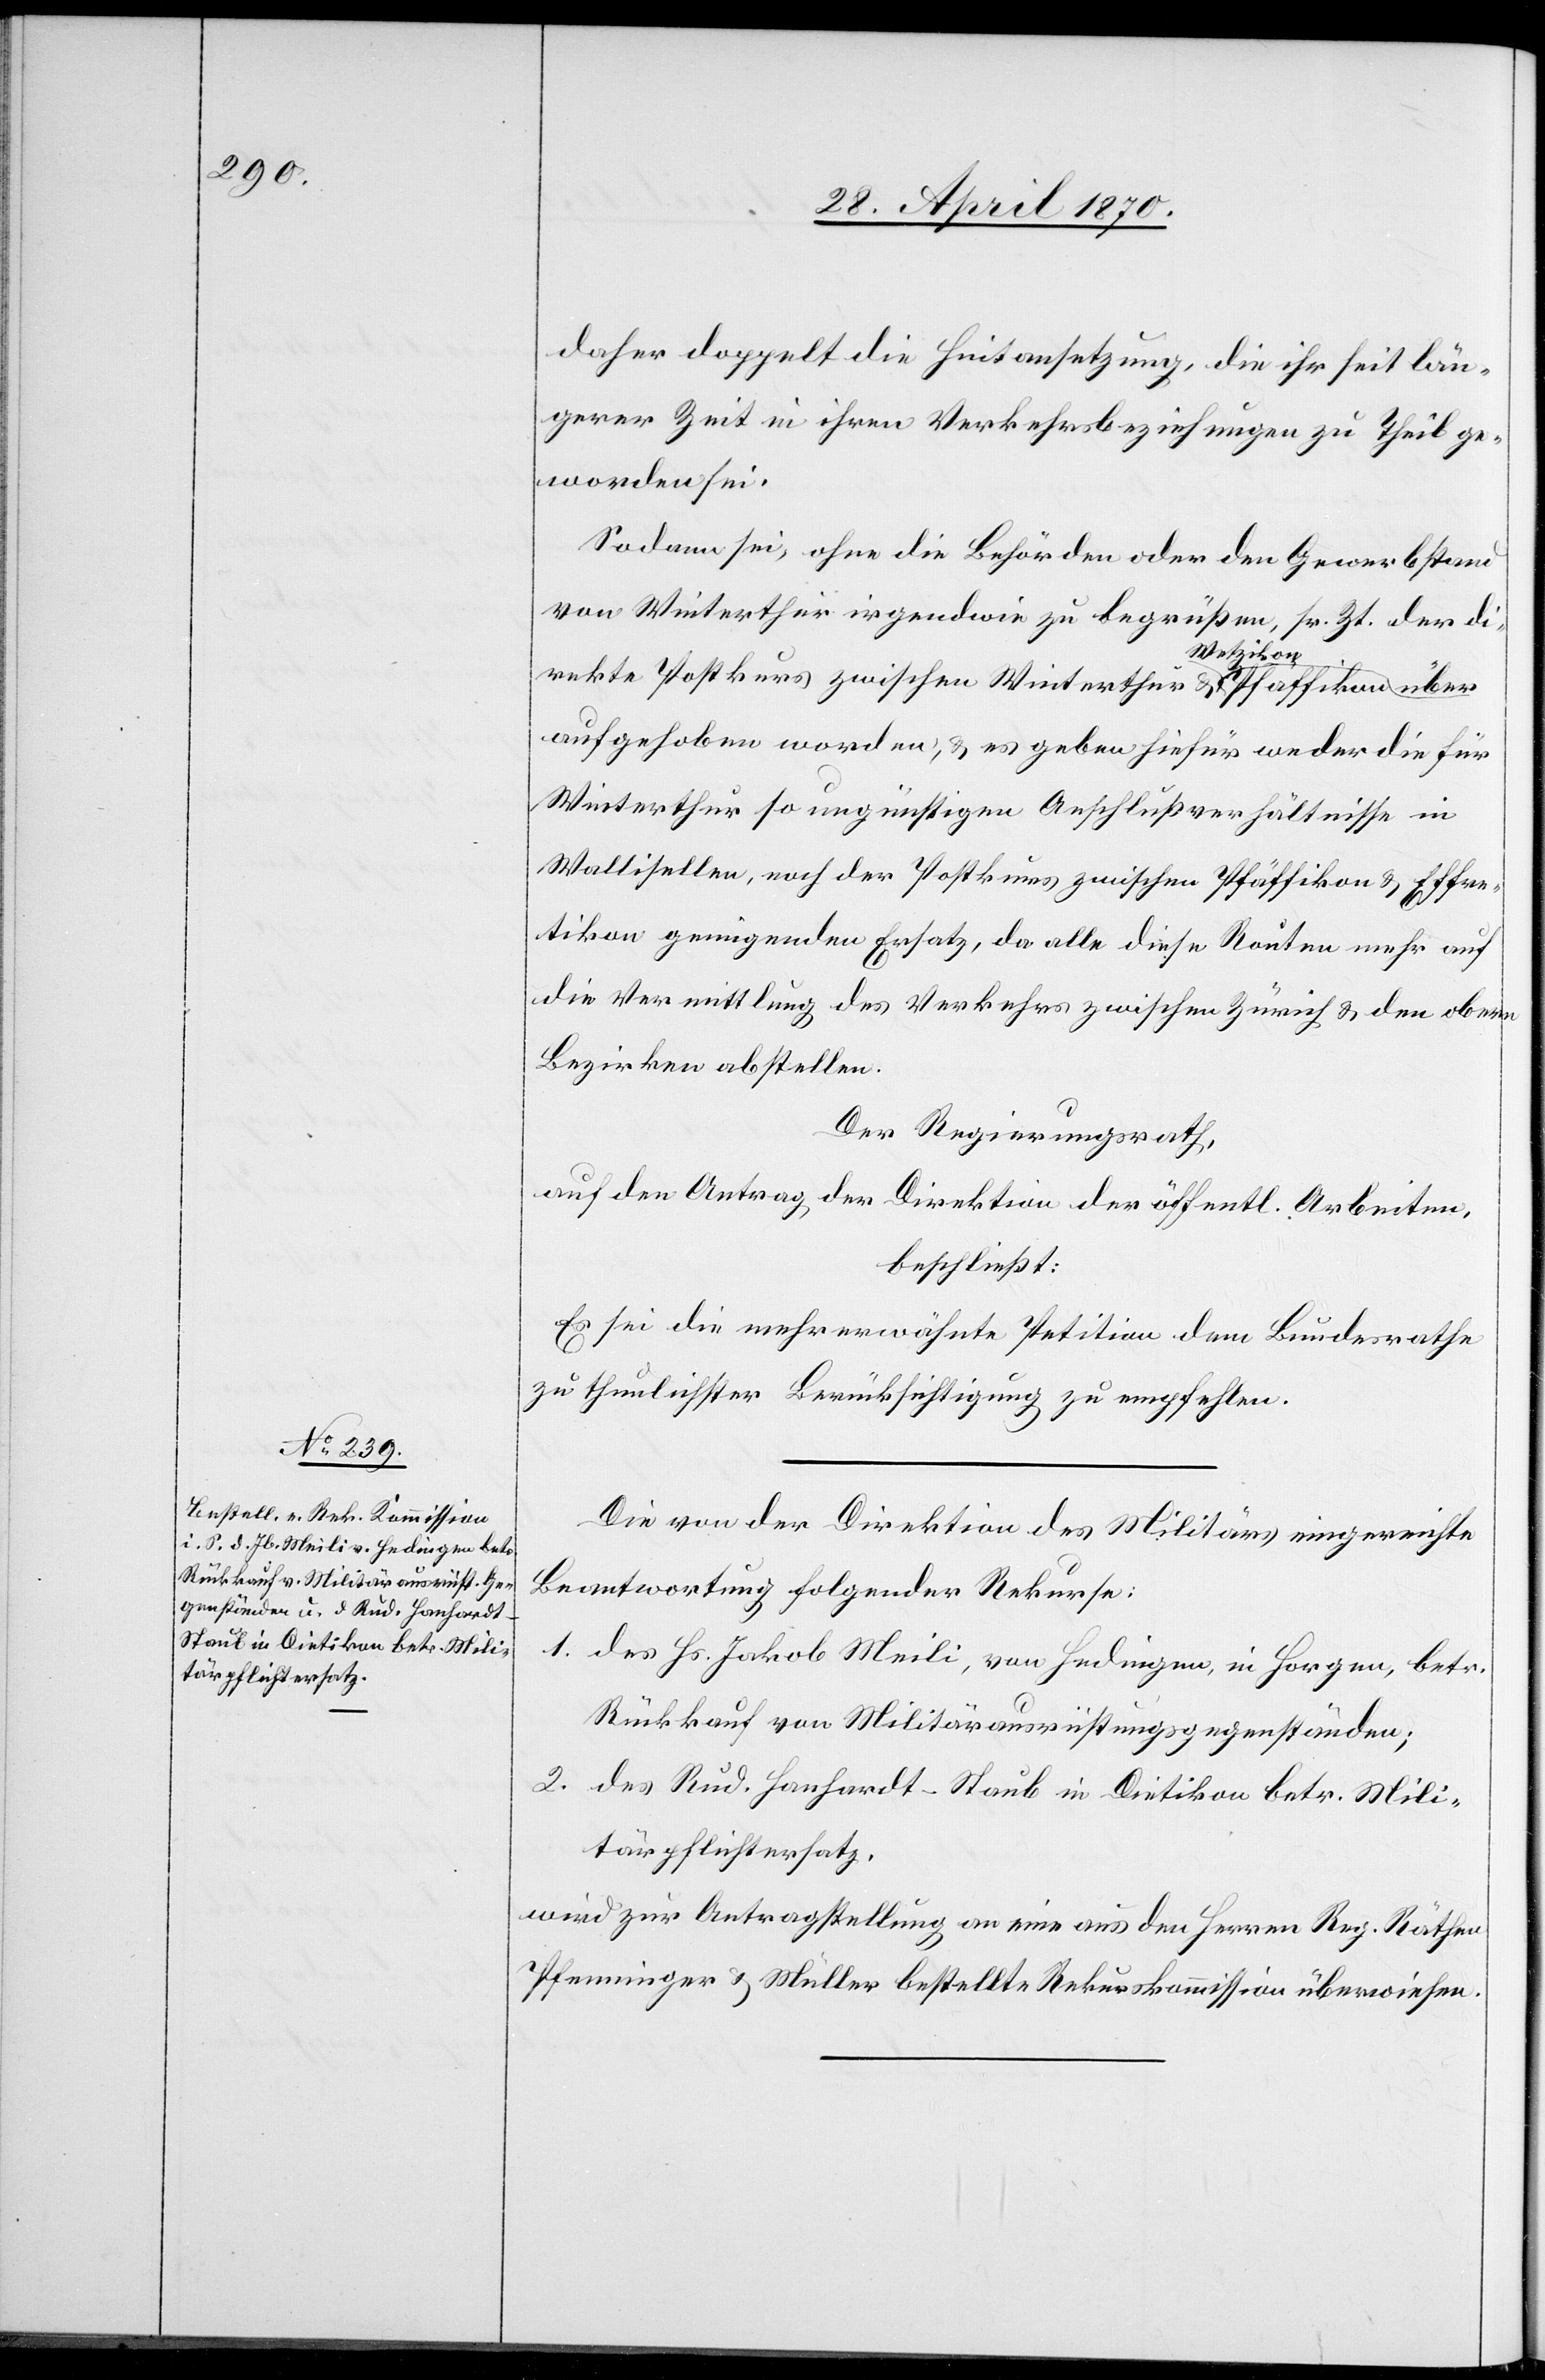
daher doppelt die Hintansetzung, die ihr seit län¬
gerer Zeit in ihren Verkehrsbeziehungen zu Theil ge¬
worden sei.
Sodann sei, ohne die Behörden oder den Gewerbstand
von Winterthur irgendwie zu begrüßen, sr. Zt. der di¬
rekte Postkurs zwischen Winterthur & a-Wetzikon-a über
der
aufgehoben worden, & es geben hiefür weder die für
Winterthur so ungünstigen Anschlußverhältnisse in
Wallisellen, noch der Postkurs zwischen Pfäffikon & Effre¬
tikon genügenden Ersatz, da alle diese Routen mehr auf
die Vermittlung des Verkehrs zwischen Zürich & den obern
Bezirken abstellen.
Der Regierungsrath,
beschließt:
Es sei die mehrerwähnte Petition dem Bundesrathe
zu thunlichster Berücksichtigung zu empfehlen.
Die von der Direktion des Militärs eingereichte
Beantwortung folgender Rekurse:
1. des Hs. Jakob Meili, von Hedingen, in Horgen, betr.
Rückkauf von Militärausrüstungsgegenständen;
2. des Rud. Hanhardt-Staub in Dietikon betr. Mili¬
tärpflichtersatz,
wird zur Antragstellung an eine aus den Herren Reg. Räthen
Pfenninger & Müller bestellte Rekurskommission überwiesen.